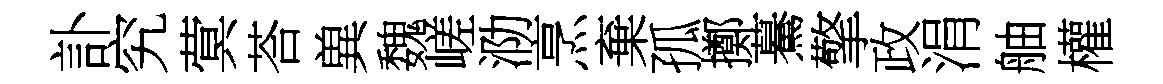
訃究蓂荅兾魏嵯泐烹棄孤擲驀擎政涓舳權